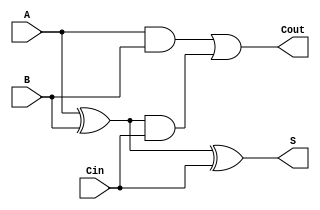
`timescale 1ns / 1ps

module full_adder(A, B, Cin, S, Cout); 
	input A, B, Cin; 
	output reg S, Cout; 

	always @(A or B or Cin) 
		begin S = A ^ B ^ Cin; Cout = A&B | (A^B) & Cin; 
		end 
endmodule